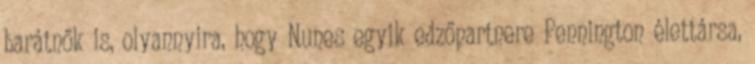
barátnők is, olyannyira, hogy Nunes egyik edzőpartnere Pennington élettársa,